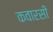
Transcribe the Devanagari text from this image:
कवारसी